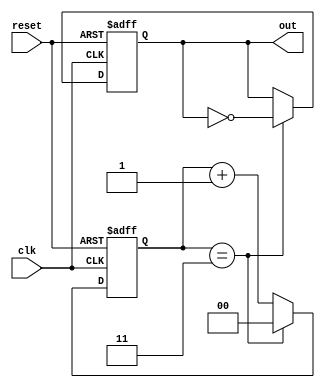
module divide_by_n_counter #(parameter N = 4) (
    input wire clk,          // Clock input
    input wire reset,        // Asynchronous reset input
    output reg out          // Output signal that toggles every N cycles
);

    // Calculate the number of bits needed to represent the counter state
    localparam COUNTER_WIDTH = $clog2(N);

    // Counter state register
    reg [COUNTER_WIDTH-1:0] counter;

    // Always block for counter logic
    always @(posedge clk or posedge reset) begin
        if (reset) begin
            counter <= 0;   // Asynchronous reset
            out <= 0;       // Reset output
        end else begin
            if (counter == (N - 1)) begin
                counter <= 0; // Reset counter if it reaches N
                out <= ~out;  // Toggle output
            end else begin
                counter <= counter + 1; // Increment counter
            end
        end
    end

endmodule